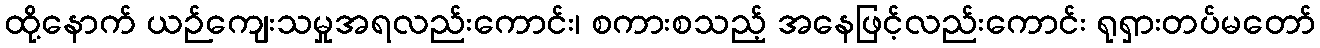
ထို့နောက် ယဉ်ကျေးသမှုအရလည်းကောင်း၊ စကားစသည့် အနေဖြင့်လည်းကောင်း ရုရှားတပ်မတော်